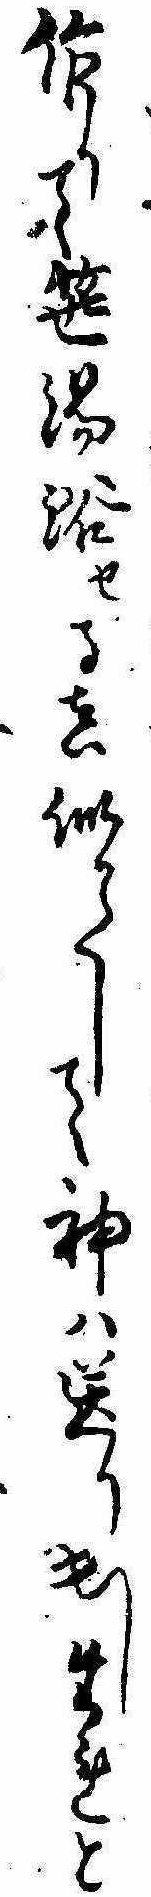
作りて笹湯浴せる真似かたして神は送り出したれと